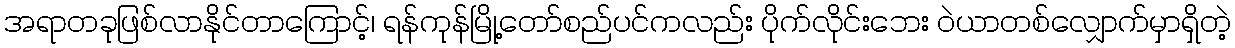
အရာတခုဖြစ်လာနိုင်တာကြောင့်၊ ရန်ကုန်မြို့တော်စည်ပင်ကလည်း ပိုက်လိုင်းဘေး ဝဲယာတစ်လျှောက်မှာရှိတဲ့